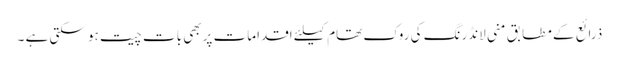
ذرائع کے مطابق منی لانڈرنگ کی روک تھام کیلئے اقدامات پربھی بات چیت ہو سکتی ہے ۔